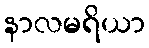
နာလမရိယာ